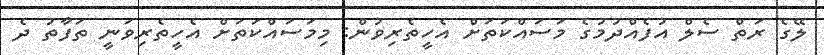
ލޭގެ ރަތް ސެލް އުފެއްދުމުގެ މަސައްކަތަށް އެހީތެރިވުން: މިމަސައްކަތަށް އެހީތެރިވަނީ ތަފާތު ދެ